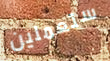
ستعملين